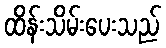
ထိန်းသိမ်းပေးသည်